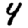
Digit: 4